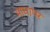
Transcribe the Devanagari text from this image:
माधापर